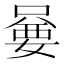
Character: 嘦